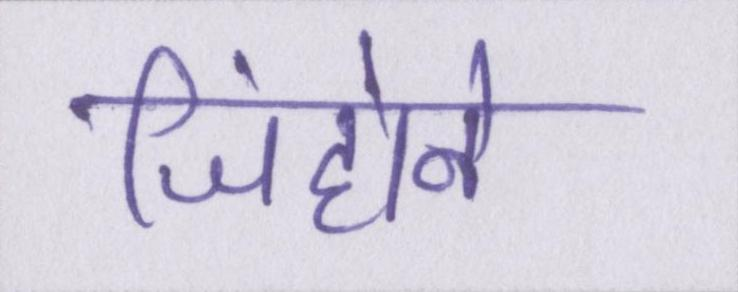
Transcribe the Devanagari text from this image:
जिंहोने